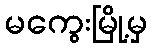
မကွေးမြို့မှ